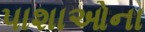
પાશાઓના